Vaccine operations Central Provinces & Berar 1922-1929 - 1922-1929
Year: 1922
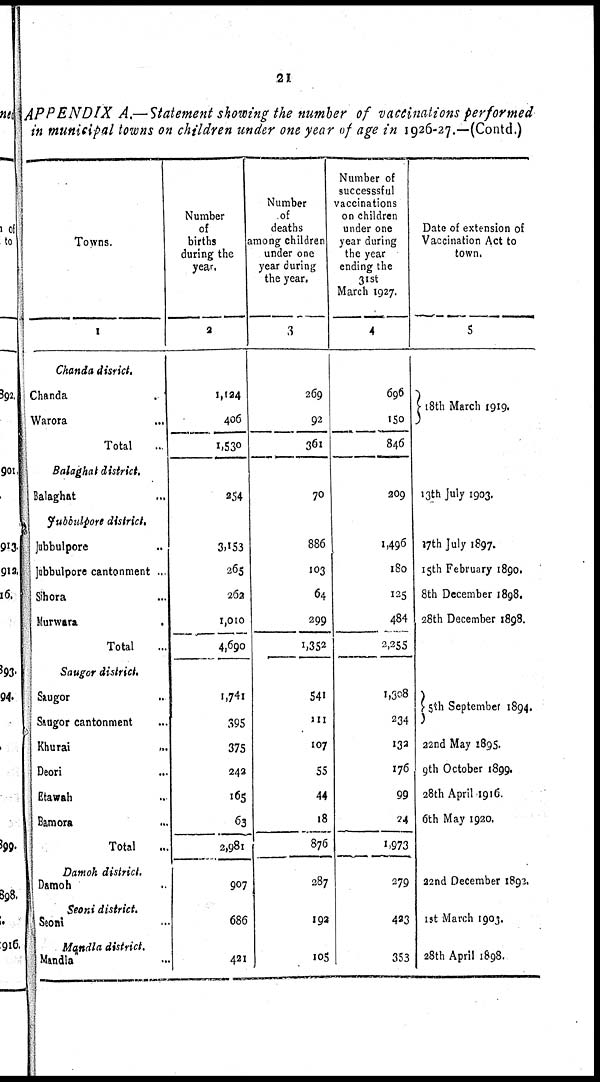
21
APPENDIX A.—Statement showing the number of vaccinations performed
in municipal towns on children under one year of age in 1926-27.—(Contd.)
Towns.
1
Chanda disrict.
Chanda ...
Warora ...
Total ...
Balaghat district.
Balaghat ...
Jubbulpore district.
Jubbulpore ...
Jabbulpore cantonment ..
Sihora ...
Murwara ...
Total ...
Saugor district.
Saugor ...
Saugor cantonment ...
Khurai
...
Deori ...
Etawah ...
Bamora ...
Total ...
Damoh district.
Damoh ...
Seoni district.
Seoni ...
Mandla district.
Mandla ...
Number
of
births
during the
year.
2
1,194
406
1,530
254
3,153
265
262
1,010
4,690
1,741
395
375
242
165
63
2,981
907
686
421
Number
of
deaths
among children
under one
year during
the year.
3
269
92
361
70
886
103
64
299
1,352
541
111
107
55
44
18
876
287
192
105
Number of
successsful
vaccinations
on children
under one
year during
the year
ending the
31st
March 1927.
4
696
150
846
209
1,496
180
125
484
2,255
1,308
234
132
176
99
24
1,973
279
423
353
Date of extension of
Vaccination Act to
town.
5
18th March 1919.
13th July 1903.
17th July 1897.
15th February 1890.
8th December 1898.
28th December 1898.
5th September 1894.
22nd May 1895.
9th October 1899.
28th April 1916.
6th May 1920.
22nd December 1893.
1st March 1903.
28th April 1898.